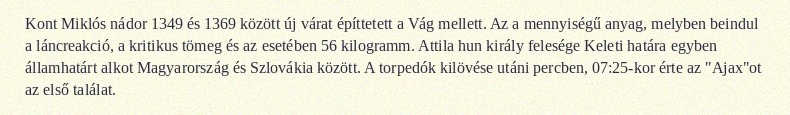
Kont Miklós nádor 1349 és 1369 között új várat építtetett a Vág mellett. Az a mennyiségű anyag, melyben beindul a láncreakció, a kritikus tömeg és az esetében 56 kilogramm. Attila hun király felesége Keleti határa egyben államhatárt alkot Magyarország és Szlovákia között. A torpedók kilövése utáni percben, 07:25-kor érte az "Ajax"ot az első találat.